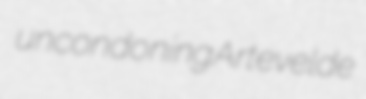
uncondoning Artevelde